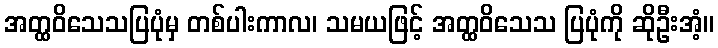
အတ္ထဝိသေသပြပုံမှ တစ်ပါးကာလ၊ သမယဖြင့် အတ္ထဝိသေသ ပြပုံကို ဆိုဦးအံ့။